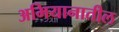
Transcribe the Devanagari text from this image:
अभियानातील